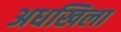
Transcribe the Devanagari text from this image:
अधखिला